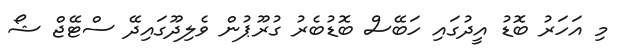
މި އަހަރު ބޮޑު އީދުގައި ހަބޭސް ބޮޑުބެރު ގުރޫޕުން ވެލިދޫގައިދޭ ސްޓޭޖް ޝޯ